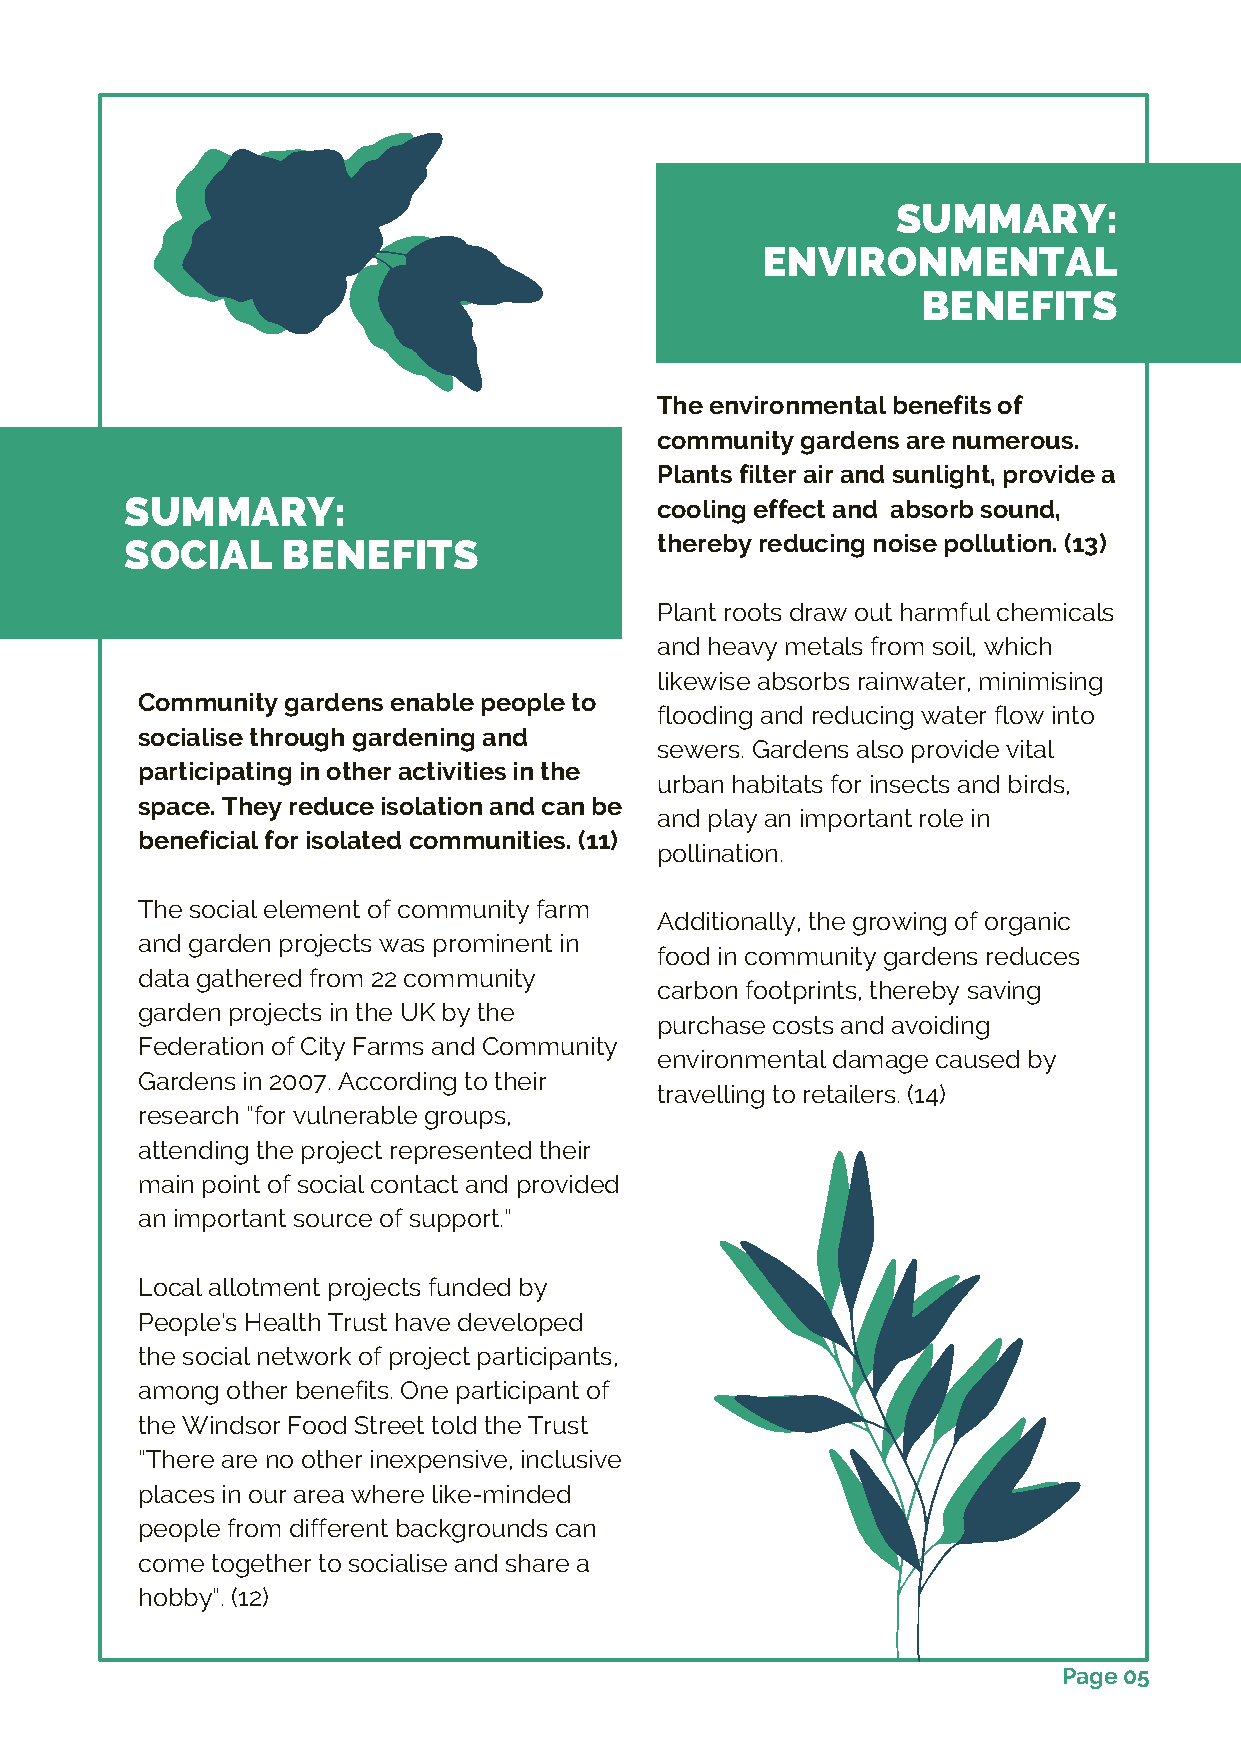
SUMMARY:
 ENVIRONMENTAL
 BENEFITS
 The environmental benefits of
 community gardens are numerous.
 Plants filter air and sunlight, provide a
 SUMMARY:                           cooling effect and absorb sound,
 SOCIAL     BENEFITS                thereby reducing noise pollution. (13)
 Plant roots draw out harmful chemicals
 and heavy metals from soil, which
 likewise absorbs rainwater, minimising
 Community gardens enable people to
 flooding and reducing water flow into
 socialise through gardening and
 sewers. Gardens also provide vital
 participating in other activities in the
 urban habitats for insects and birds,
 space. They reduce isolation and can be
 and play an important role in
 beneficial for isolated communities. (11)
 pollination.
 The social element of community farm
 Additionally, the growing of organic
 and garden projects was prominent in
 food in community gardens reduces
 data gathered from 22 community
 carbon footprints, thereby saving
 garden projects in the UK by the
 purchase costs and avoiding
 Federation of City Farms and Community
 environmental damage caused by
 Gardens in 2007. According to their
 travelling to retailers. (14)
 research “for vulnerable groups,
 attending the project represented their
 main point of social contact and provided
 an important source of support.”
 Local allotment projects funded by
 People’s Health Trust have developed
 the social network of project participants,
 among other benefits. One participant of
 the Windsor Food Street told the Trust
 “There are no other inexpensive, inclusive
 places in our area where like-minded
 people from different backgrounds can
 come together to socialise and share a
 hobby”. (12)
 Page 05